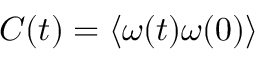
C ( t ) = \left\langle \omega ( t ) \omega ( 0 ) \right\rangle